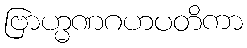
ဗြာဟ္မဏဂဟပတိကာ